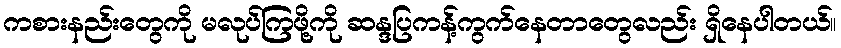
ကစားနည်းတွေကို မလုပ်ကြဖို့ကို ဆန္ဒပြကန့်ကွက်နေတာတွေလည်း ရှိနေပါတယ်။